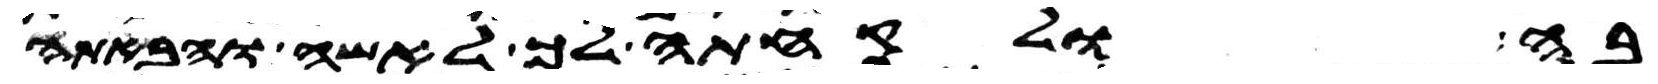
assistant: בה ולקחתה לך לאשה והבאתה